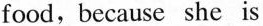
food,because she is